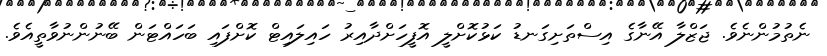
ނެތުމުންނެވެ. ޖަޒްލާ އޭނާގެ އިސްތަށިގަނޑު ކަޅުކޮށްލީ އޮފީހަށްދާއިރު ހައިލައިޓް ކޮށްފައި ބަހައްޓަން ބޭނުންނުވާތީއެވެ.